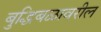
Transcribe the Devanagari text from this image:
बुद्धिबळावरील